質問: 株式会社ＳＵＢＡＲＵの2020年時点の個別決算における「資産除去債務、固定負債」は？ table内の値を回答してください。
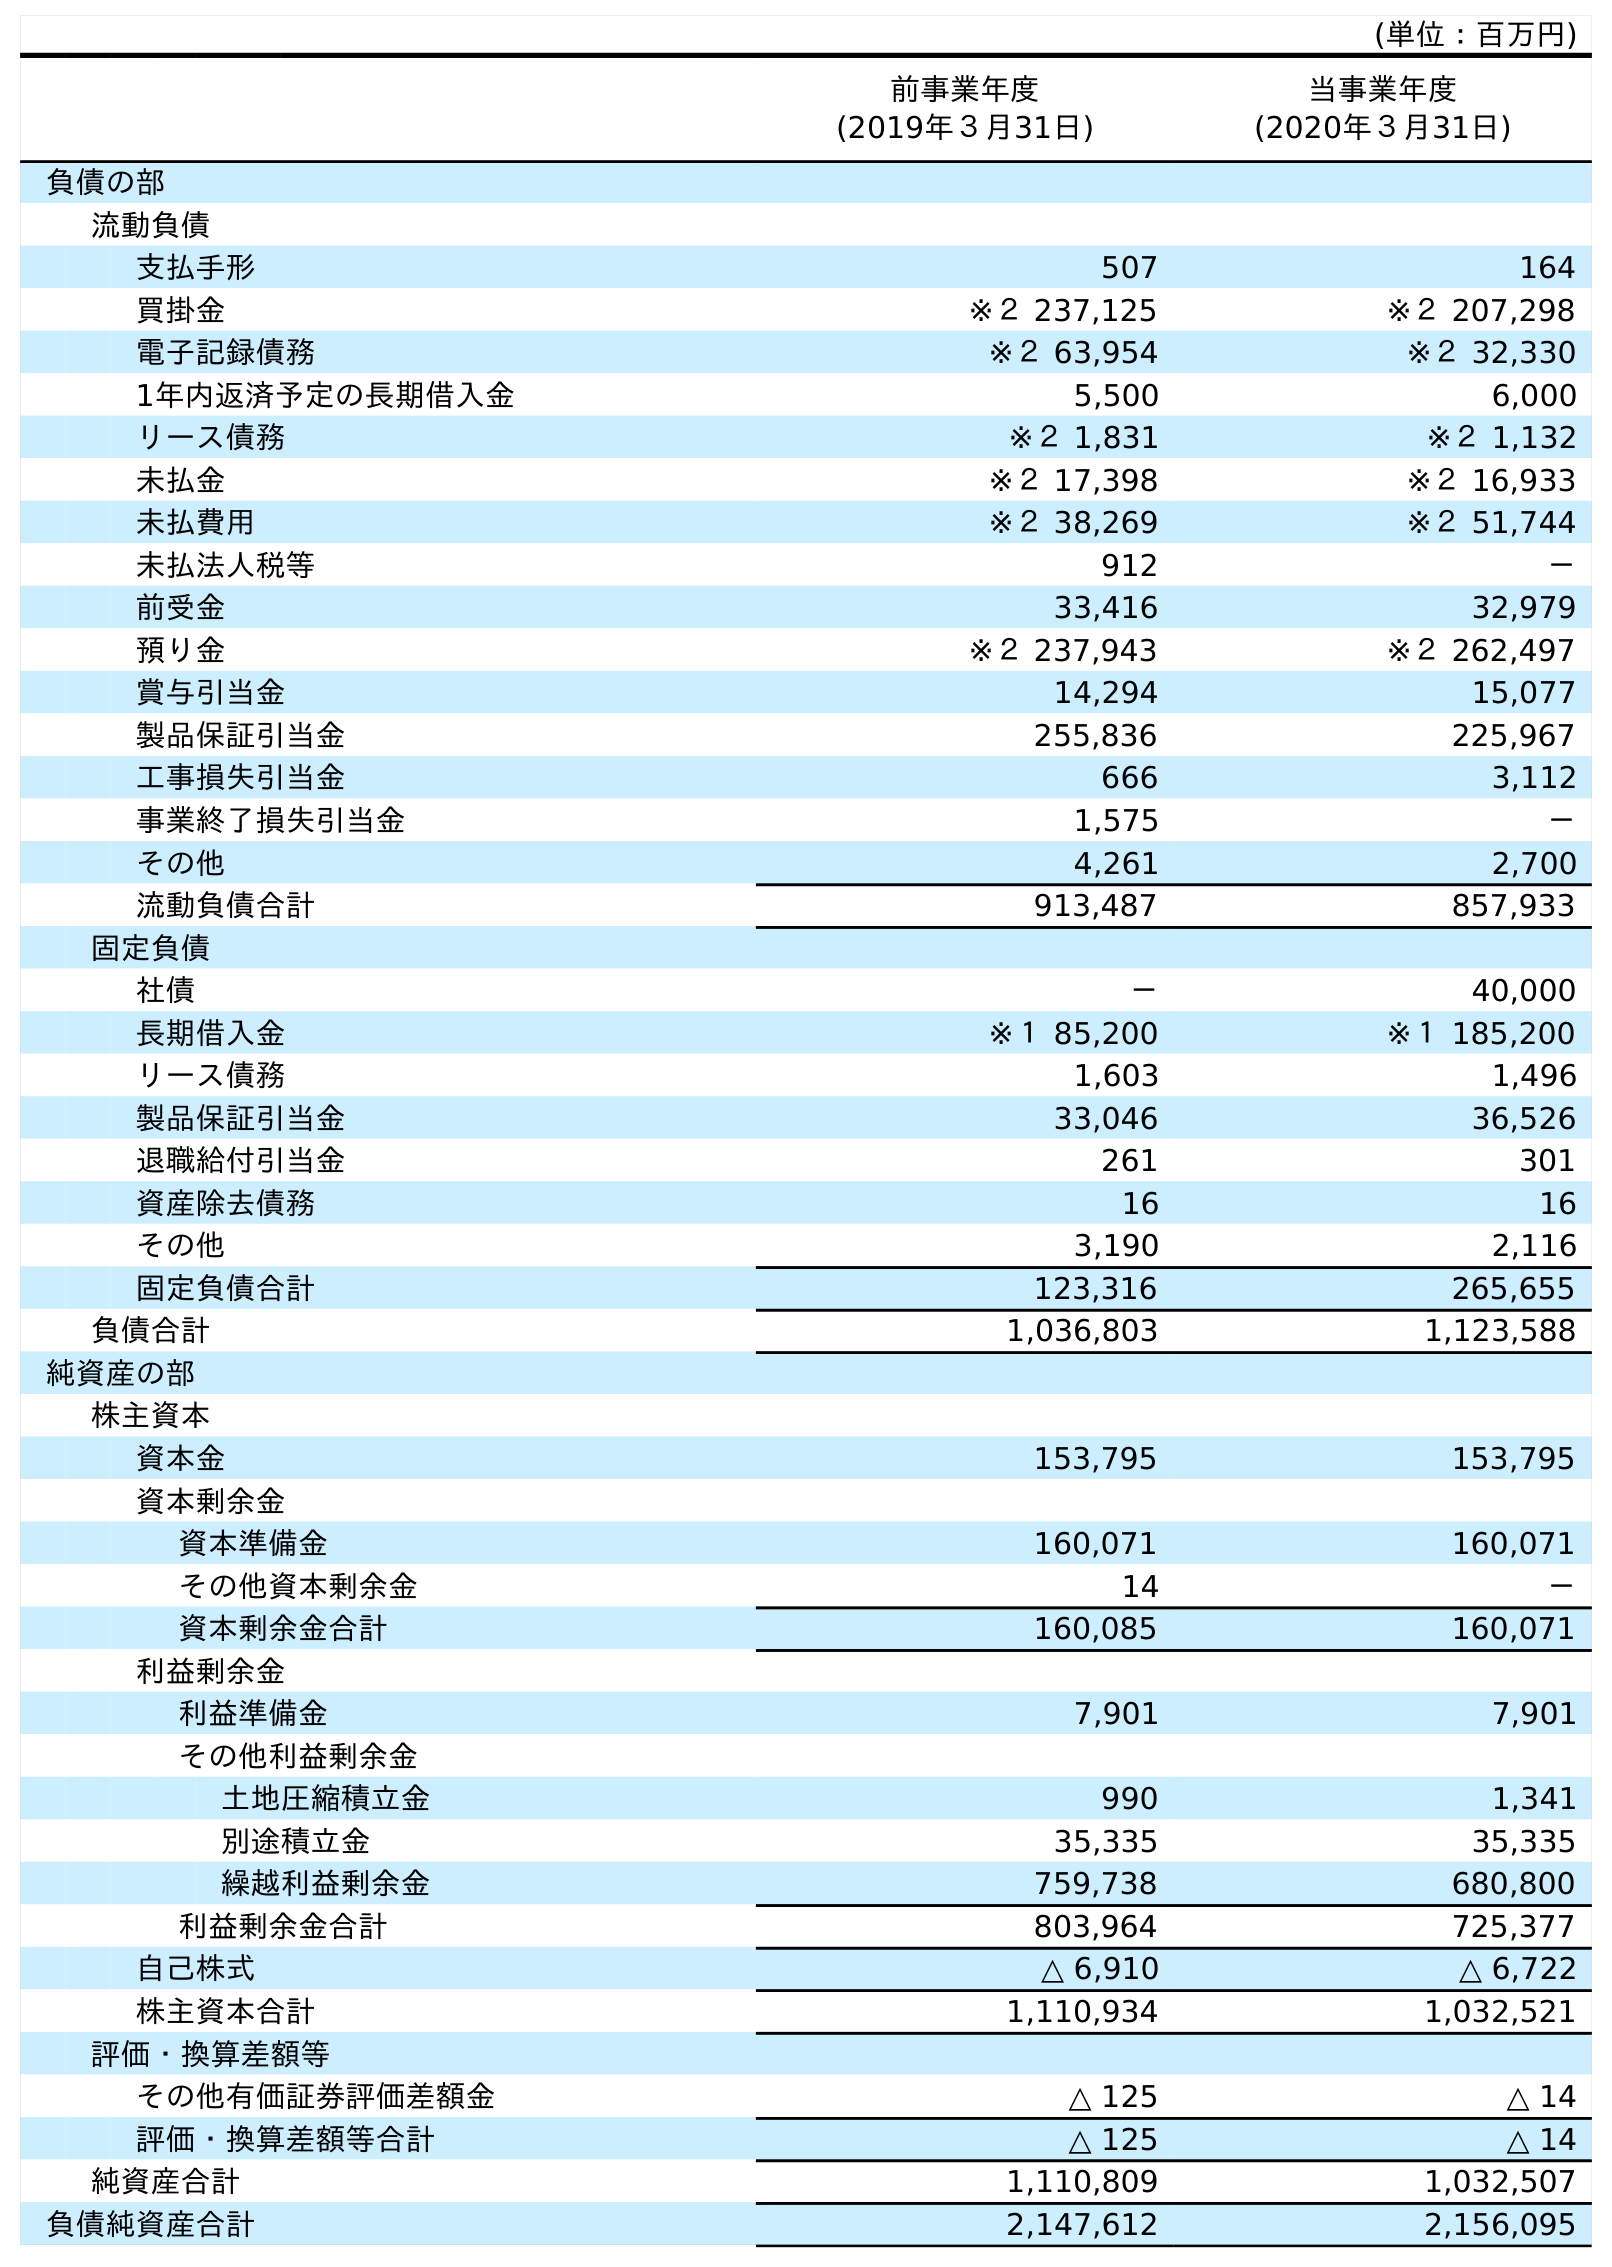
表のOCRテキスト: (単位：百万円) 前事業年度 (2019年３月31日) 当事業年度 (2020年３月31日) 負債の部 流動負債 支払手形 507 164 買掛金 ※２ 237,125 ※２ 207,298 電子記録債務 ※２ 63,954 ※２ 32,330 1年内返済予定の長期借入金 5,500 6,000 リース債務 ※２ 1,831 ※２ 1,132 未払金 ※２ 17,398 ※２ 16,933 未払費用 ※２ 38,269 ※２ 51,744 未払法人税等 912 － 前受金 33,416 32,979 預り金 ※２ 237,943 ※２ 262,497 賞与引当金 14,294 15,077 製品保証引当金 255,836 225,967 工事損失引当金 666 3,112 事業終了損失引当金 1,575 － その他 4,261 2,700 流動負債合計 913,487 857,933 固定負債 社債 － 40,000 長期借入金 ※１ 85,200 ※１ 185,200 リース債務 1,603 1,496 製品保証引当金 33,046 36,526 退職給付引当金 261 301 資産除去債務 16 16 その他 3,190 2,116 固定負債合計 123,316 265,655 負債合計 1,036,803 1,123,588 純資産の部 株主資本 資本金 153,795 153,795 資本剰余金 資本準備金 160,071 160,071 その他資本剰余金 14 － 資本剰余金合計 160,085 160,071 利益剰余金 利益準備金 7,901 7,901 その他利益剰余金 土地圧縮積立金 990 1,341 別途積立金 35,335 35,335 繰越利益剰余金 759,738 680,800 利益剰余金合計 803,964 725,377 自己株式 △ 6,910 △ 6,722 株主資本合計 1,110,934 1,032,521 評価・換算差額等 その他有価証券評価差額金 △ 125 △ 14 評価・換算差額等合計 △ 125 △ 14 純資産合計 1,110,809 1,032,507 負債純資産合計 2,147,612 2,156,095
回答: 16